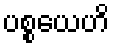
ပစ္စယေဟိ